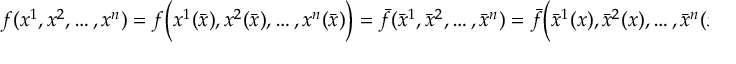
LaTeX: f ( x ^ { 1 } , x ^ { 2 } , \dots , x ^ { n } ) = f { \bigg ( } x ^ { 1 } ( { \bar { x } } ) , x ^ { 2 } ( { \bar { x } } ) , \dots , x ^ { n } ( { \bar { x } } ) { \bigg ) } = { \bar { f } } ( { \bar { x } } ^ { 1 } , { \bar { x } } ^ { 2 } , \dots , { \bar { x } } ^ { n } ) = { \bar { f } } { \bigg ( } { \bar { x } } ^ { 1 } ( x ) , { \bar { x } } ^ { 2 } ( x ) , \dots , { \bar { x } } ^ { n } ( x ) { \bigg ) }